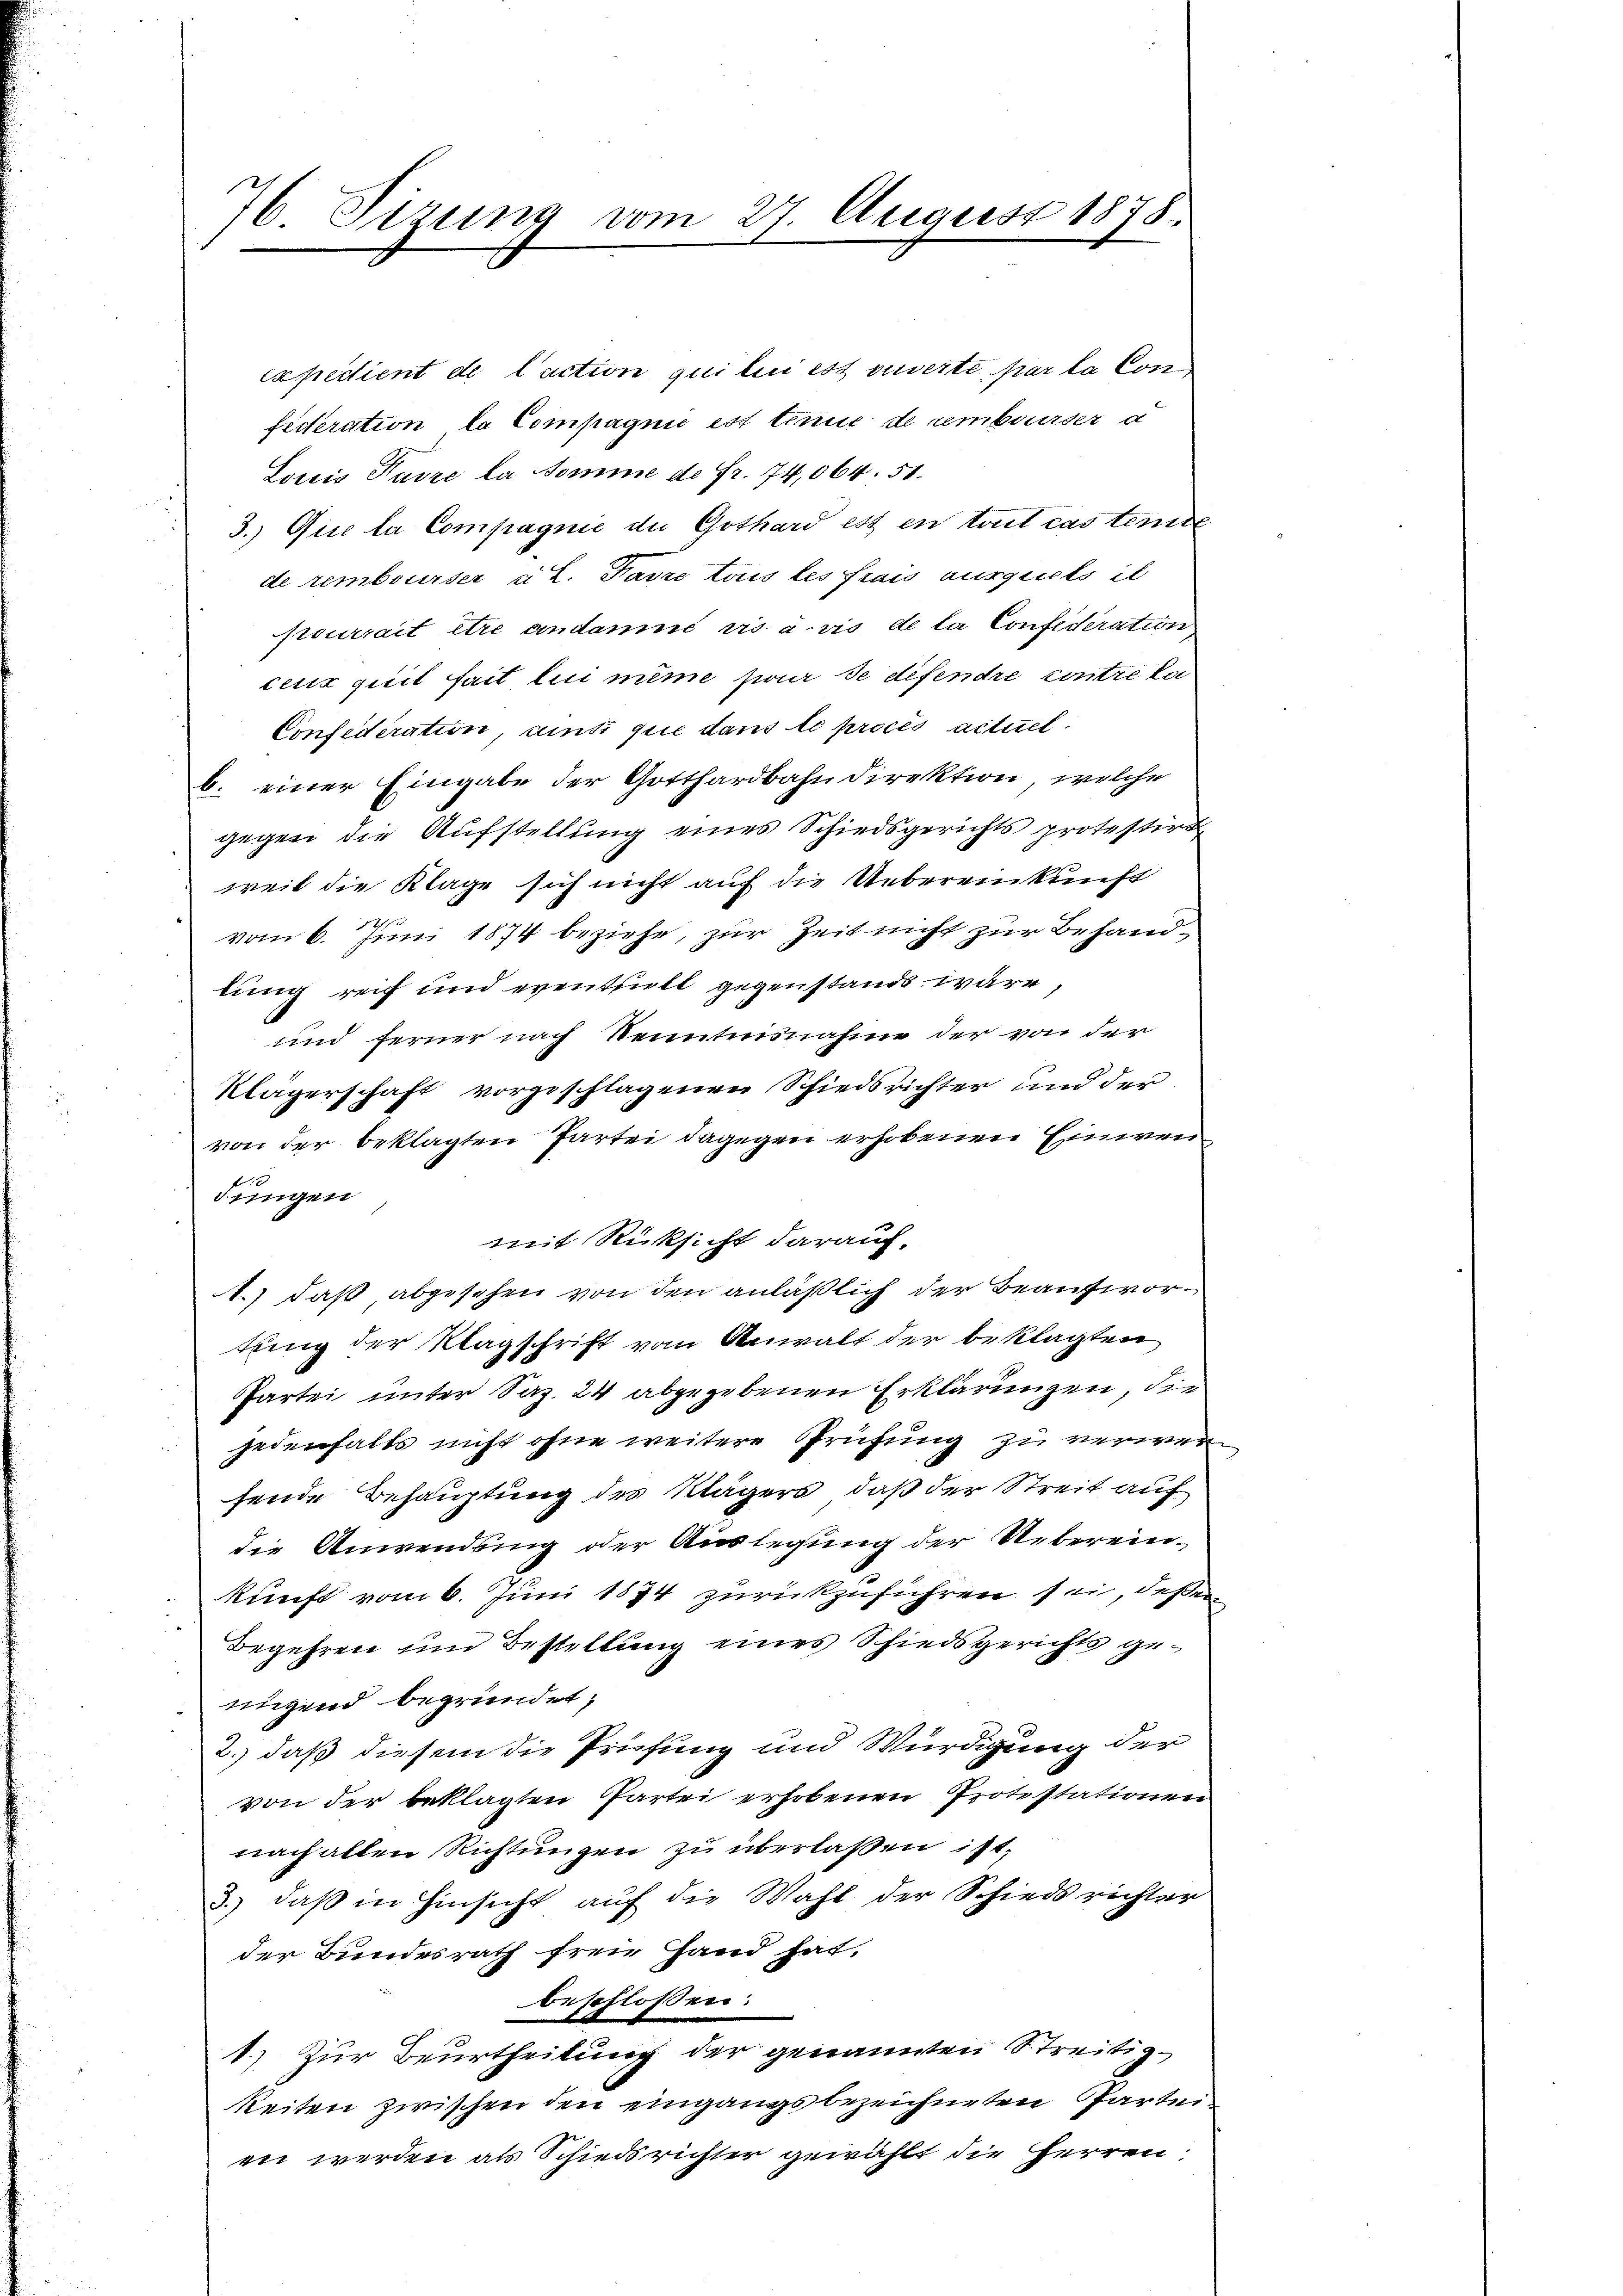
7 Sirung vom 27. August 1878.

Expedient de l’action qui lui est vnserte par la Con
fideration, la Compagnie est tene de rembourser d
Louis Favre la somme de Fr. 74,064. 51.
3.) Die la Compagnie der Gothard est en tout cas teil
de rembourser u. L. Favre tous les frais ausguets il
pourrait être andamné vis u. vis de la Confideration
cerix quil fait lui même zwar de defendre contre ka
Confederation, ainsi que dans le procés actuel
b. einer Eingabe der Gotthardbahndirektion, welche
gegen die Aufstellung eines Schiedsgerichts protestirte
weil die Klage sich nicht auf die Uebereinkunft
.
vom 6. Juni 1874 beziehe, zur Zeit nicht zur Behandlung reich und eventhüll gegenstands wäre,
und ferner nach Nenntnisnahme der von der
Klägerschaft vorgeschlagenen Schiedsrichter und der
von der beklagten Partei dagegen erhobenen Einwen¬
Jungen
mit Rücksicht darauf.
1.) daß abgesehen von den anläßlich der Beantwortung der Klagschrift vom Anwalt der beklagten
Partei unter Saz. 24 abgegebenen Erklärungen, die
jedenfalls nicht ohne weitere Prüfung zu verwer
fende Behauptung des Klägers, daß der Streit auf
die Anwendung oder Auslegung der Uebereinkunft vom 6. Juni 1874 zurückzuführen sei, deßen
Begehren und Bestellung eines Schiedsgerichts genigend begründet;
2.) daß diesem die Prüfung und Würdigung der
von der beklagten Partei erhobenen Protestationen
nach allen Richtungen zu überlaßen ist,
3.) daß in Hinsicht auf die Wahl der Schiedsrichter
der Bundesrath freie Hand hat.
beschlossen:
1.) Zur Beurtheilung der genannten Streitigkeiten zwischen den eingangsbezeichneten Partei
en werden als Schiedsrichter gewählt die Herren:

n